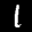
Label: 1